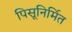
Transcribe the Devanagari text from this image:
पिसूनिर्मित